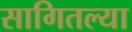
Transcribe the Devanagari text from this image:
सागितल्या